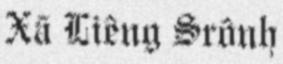
Xã Liêng Srônh